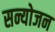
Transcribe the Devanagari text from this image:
सन्योजन